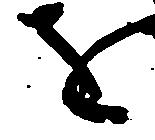
を